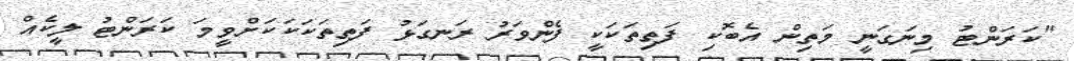
"ކަރަންޓު މިނަގަނީ މަތިން އެބޮކި ފަތިތަކަކީ ފެންވަރު ރަނގަޅު ފަތިތަކަކަކަށްވީމަ ކަރަންޓު ލީކެއް